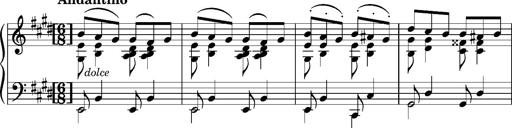
Title: Album-Leaf 'Detmold'
Composer: Franz Liszt
Key: E major